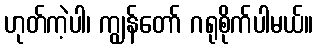
ဟုတ်ကဲ့ပါ၊ ကျွန်တော် ဂရုစိုက်ပါမယ်။